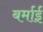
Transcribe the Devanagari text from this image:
बर्माई